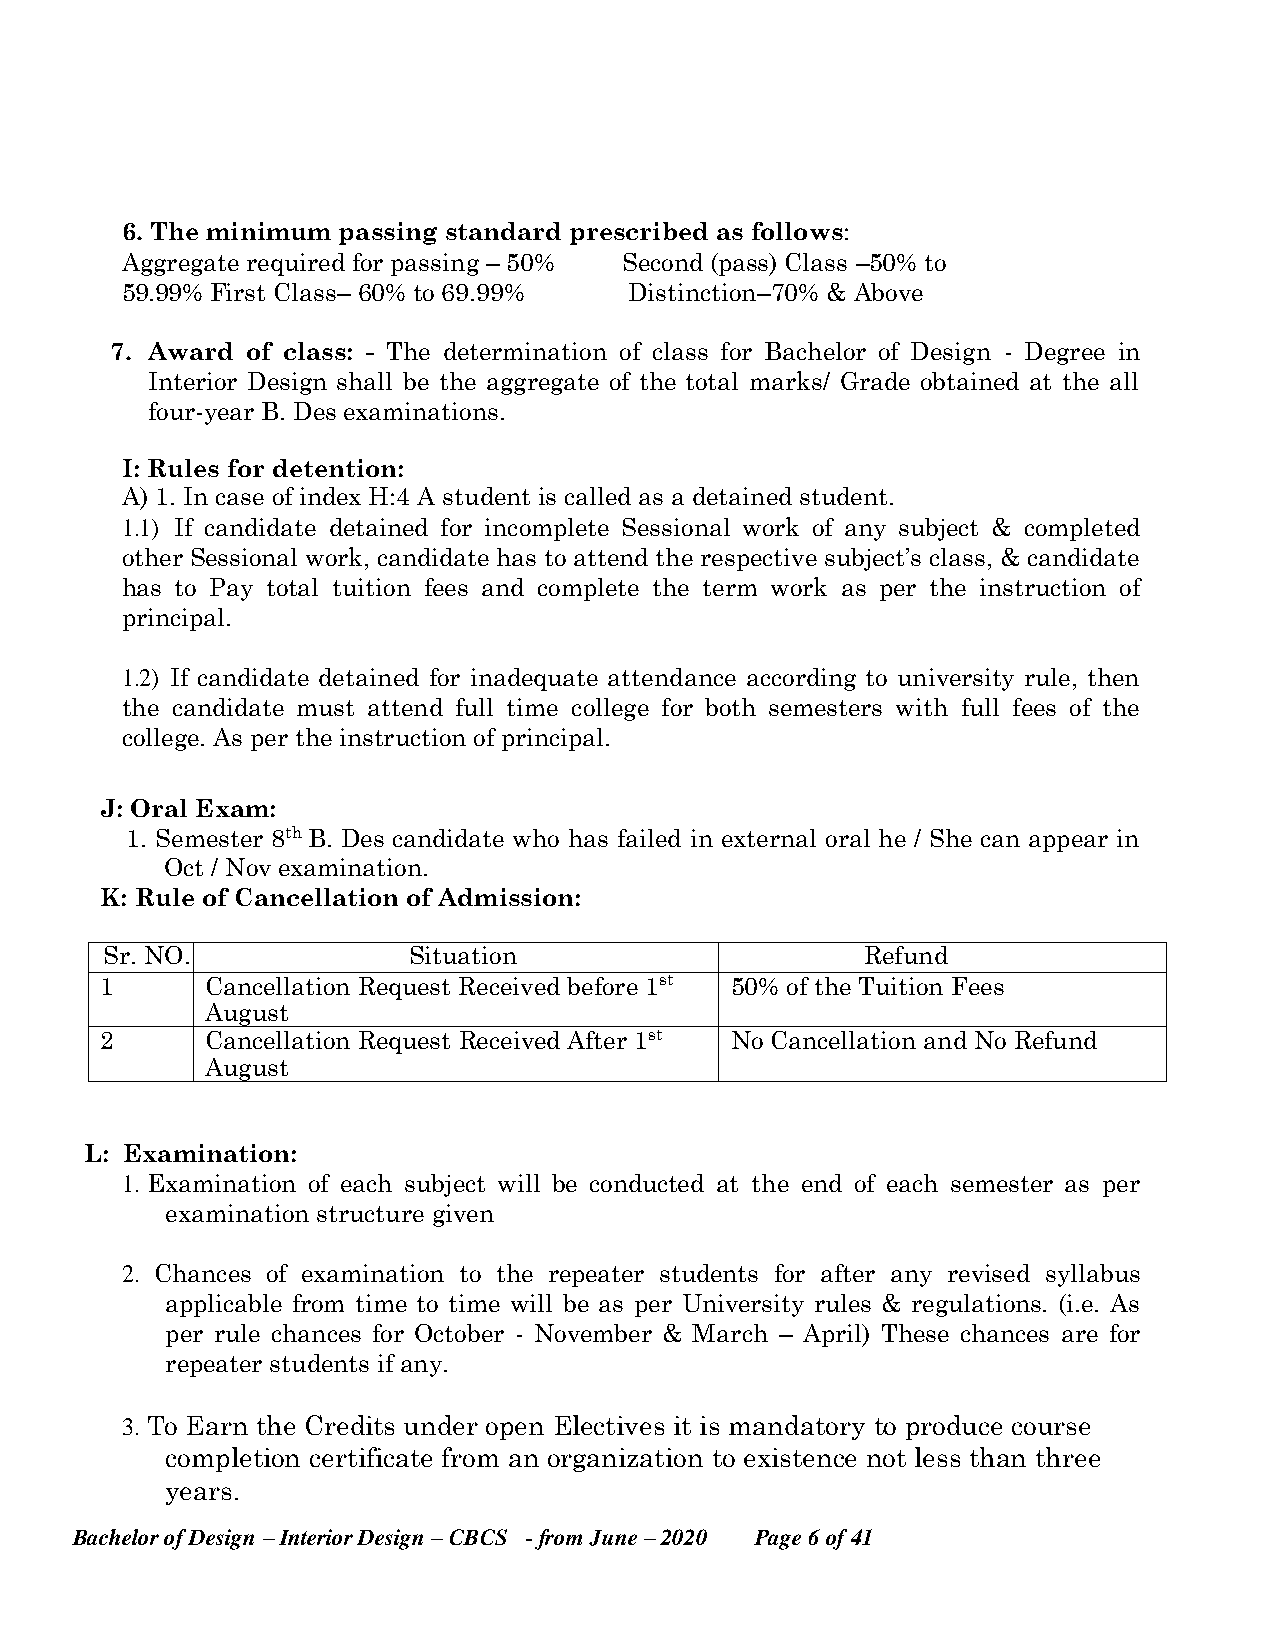
6. The minimum passing standard prescribed as follows:
 Aggregate required for passing – 50% Second (pass) Class –50% to
 59.99% First Class– 60% to 69.99% Distinction–70% & Above
 7. Award of class: - The determination of class for Bachelor of Design - Degree in
 Interior Design shall be the aggregate of the total marks/ Grade obtained at the all
 four-year B. Des examinations.
 I: Rules for detention:
 A) 1. In case of index H:4 A student is called as a detained student.
 1.1) If candidate detained for incomplete Sessional work of any subject & completed
 other Sessional work, candidate has to attend the respective subject’s class, & candidate
 has to Pay total tuition fees and complete the term work as per the instruction of
 principal.
 1.2) If candidate detained for inadequate attendance according to university rule, then
 the candidate must attend full time college for both semesters with full fees of the
 college. As per the instruction of principal.
 J: Oral Exam:
 1. Semester 8th B. Des candidate who has failed in external oral he / She can appear in
 Oct / Nov examination.
 K: Rule of Cancellation of Admission:
 Sr. NO.             Situation                     Refund
 1      Cancellation Request Received before 1st 50% of the Tuition Fees
 August
 2      Cancellation Request Received After 1st No Cancellation and No Refund
 August
 L: Examination:
 1. Examination of each subject will be conducted at the end of each semester as per
 examination structure given
 2. Chances of examination to the repeater students for after any revised syllabus
 applicable from time to time will be as per University rules & regulations. (i.e. As
 per rule chances for October - November & March – April) These chances are for
 repeater students if any.
 3. To Earn the Credits under open Electives it is mandatory to produce course
 completion certificate from an organization to existence not less than three
 years.
 Bachelor of Design – Interior Design – CBCS - from June – 2020 Page 6 of 41